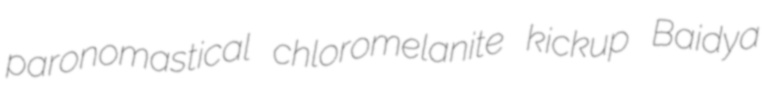
paronomastical chloromelanite kickup Baidya